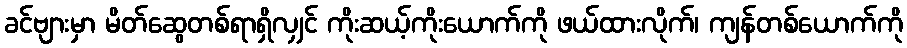
ခင်ဗျားမှာ မိတ်ဆွေတစ်ရာရှိလျှင် ကိုးဆယ့်ကိုးယောက်ကို ဖယ်ထားလိုက်၊ ကျန်တစ်ယောက်ကို